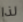
لذا